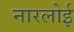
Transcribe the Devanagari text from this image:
नारलोई